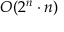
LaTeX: O ( 2 ^ { n } \cdot n )